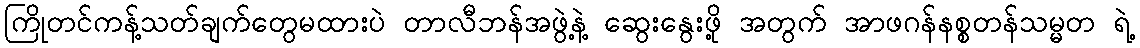
ကြိုတင်ကန့်သတ်ချက်တွေမထားပဲ တာလီဘန်အဖွဲ့နဲ့ ဆွေးနွေးဖို့ အတွက် အာဖဂန်နစ္စတန်သမ္မတ ရဲ့